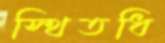
স্থিতধি